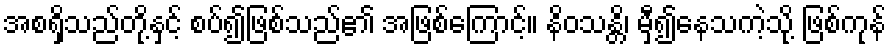
အစရှိသည်တို့နှင့် စပ်၍ဖြစ်သည်၏ အဖြစ်ကြောင့်။ နိဝသန္တိ၊ မှီ၍နေသကဲ့သို့ ဖြစ်ကုန်